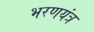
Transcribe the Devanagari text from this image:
भरणयंत्र